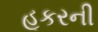
હૂકરની